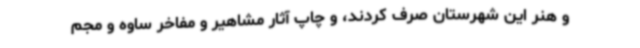
و هنر این شهرستان صرف کردند، و چاپ آثار مشاهیر و مفاخر ساوه و مجم